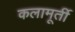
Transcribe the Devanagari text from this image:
कलामूर्ती